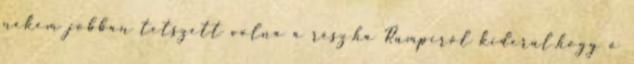
nekem jobban tetszett volna a rész,ha Rumpiról kiderül,hogy ő